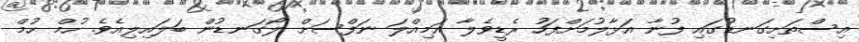
އިސްތަށިގަނޑުގައި ފުނާ އަޅާލުމަށްފަހު ރެޑީވެލާ އަމިއްލަ ނަފްސަށް ލޯގަނޑުން ބަލައިލިއެވެ. ހުމް ހުމް